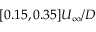
[ 0 . 1 5 , 0 . 3 5 ] U _ { \infty } / D